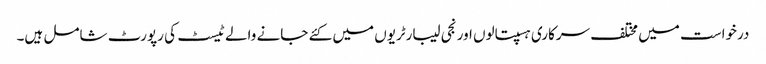
درخواست میں مختلف سرکاری ہسپتالوں اور نجی لیبارٹریوں میں کئے جانے والے ٹیسٹ کی رپورٹ شامل ہیں۔